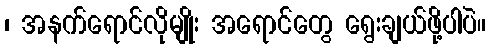
၊ အနက်ရောင်လိုမျိုး အရောင်တွေ ရွေးချယ်ဖို့ပါပဲ။